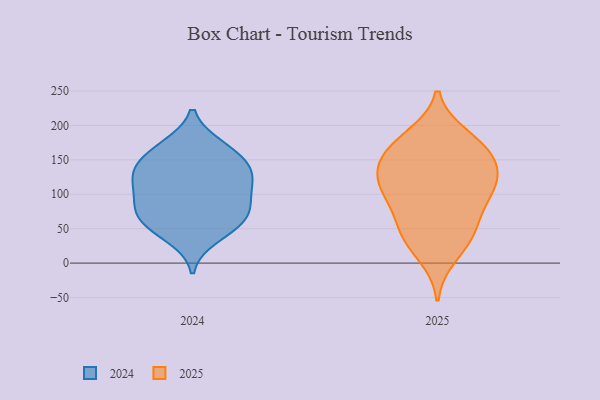
{"axis": {"x": "Demand Index", "y": "Value"}, "legend": ["2024", "2025"], "data": [{"x": "", "y": 69, "type": "2024"}, {"x": "", "y": 106, "type": "2024"}, {"x": "", "y": 135, "type": "2024"}, {"x": "", "y": 125, "type": "2024"}, {"x": "", "y": 37, "type": "2024"}, {"x": "", "y": 171, "type": "2024"}, {"x": "", "y": 54, "type": "2024"}, {"x": "", "y": 139, "type": "2024"}, {"x": "", "y": 82, "type": "2024"}, {"x": "", "y": 109, "type": "2024"}, {"x": "", "y": 91, "type": "2024"}, {"x": "", "y": 154, "type": "2024"}, {"x": "", "y": 71, "type": "2024"}, {"x": "", "y": 133, "type": "2024"}, {"x": "", "y": 56, "type": "2024"}, {"x": "", "y": 170, "type": "2024"}, {"x": "", "y": 124, "type": "2025"}, {"x": "", "y": 156, "type": "2025"}, {"x": "", "y": 130, "type": "2025"}, {"x": "", "y": 10, "type": "2025"}, {"x": "", "y": 181, "type": "2025"}, {"x": "", "y": 44, "type": "2025"}, {"x": "", "y": 112, "type": "2025"}, {"x": "", "y": 68, "type": "2025"}, {"x": "", "y": 165, "type": "2025"}, {"x": "", "y": 185, "type": "2025"}, {"x": "", "y": 37, "type": "2025"}, {"x": "", "y": 92, "type": "2025"}, {"x": "", "y": 107, "type": "2025"}, {"x": "", "y": 140, "type": "2025"}, {"x": "", "y": 156, "type": "2025"}, {"x": "", "y": 99, "type": "2025"}, {"x": "", "y": 44, "type": "2025"}]}